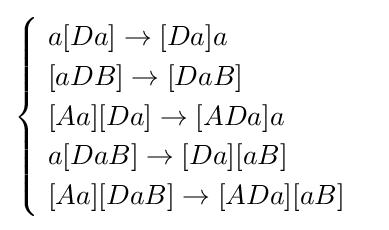
{\begin{cases}\ a[Da]\rightarrow [Da]a\\\ [aDB]\rightarrow [DaB]\\\ [Aa][Da]\rightarrow [ADa]a\\\ a[DaB]\rightarrow [Da][aB]\\\ [Aa][DaB]\rightarrow [ADa][aB]\end{cases}}